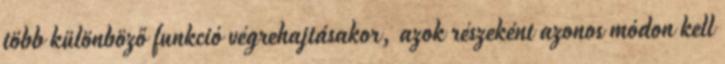
több különböző funkció végrehajtásakor, azok részeként azonos módon kell